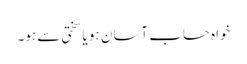
خواہ حساب آسان ہو یا سختی سے ہو۔